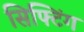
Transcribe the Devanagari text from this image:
सिफ्टिंग